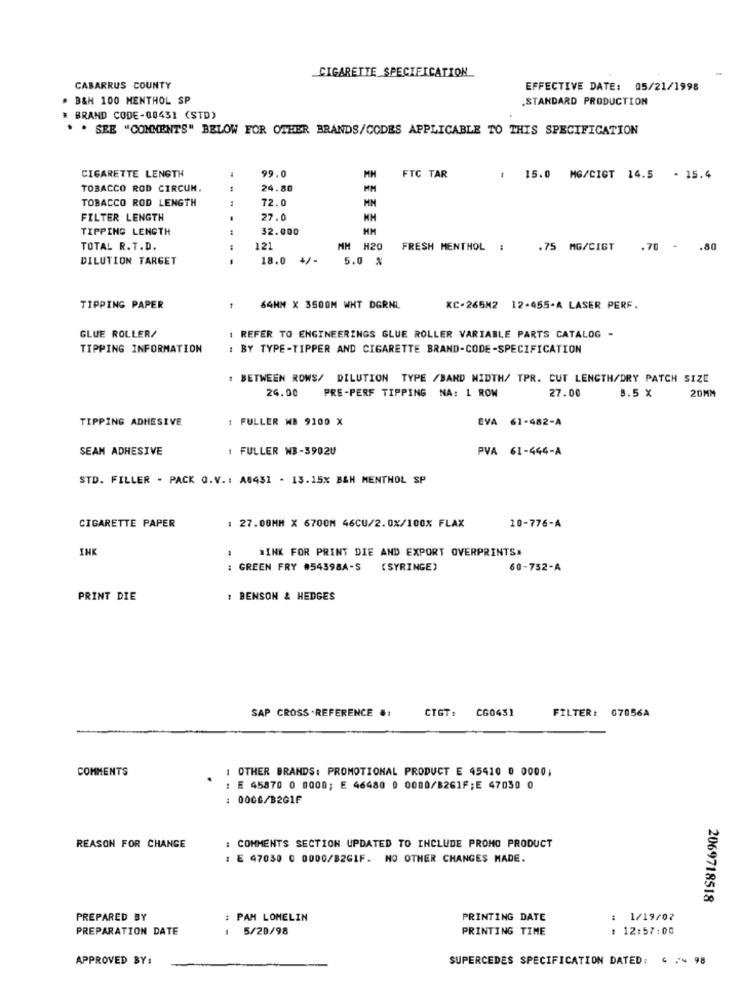
CIGARETTE SPECIFICATION
CABARRUS COUNTY
EFFECTIVE DATE: 05/21/1998
. B&H 100 MENTHOL SP
.STANDARD PRODUCTION
* BRAND CODE-00431 (STD)
* * SEE "COMMENTS" BELOW FOR OTHER BRANDS/CODES APPLICABLE TO THIS SPECIFICATION
99.0
CIGARETTE LENGTH
MH
FTC TAR
: 15.0 MG/CIGT 14.5 - 15.4
TOBACCO ROD CIRCUM.
24.80
MM
TOBACCO ROD LENGTH
72.0
HM
FILTER LENGTH
27.0
HH
TIPPING LENGTH
32.000
HM
TOTAL R.T.D.
121
MH H20
FRESH MENTHOL
.75 MG/CIGT
.70 - . 80
DILUTION TARGET
-- -
18.0 +/-
5.0 %
TIPPING PAPER
64HM X 3500M WHT DGRNL
KC-265M2 12-455-A LASER PERF.
GLUE ROLLER/
1 REFER TO ENGINEERINGS GLUE ROLLER VARIABLE PARTS CATALOG -
TIPPING INFORMATION
BY TYPE-TIPPER AND CIGARETTE BRAND-CODE-SPECIFICATION
: BETWEEN ROWS/ DILUTION TYPE /BAND WIDTH/ TPR. CUT LENGTH/DRY PATCH SIZE
8.5 X
20MM
24.00
PRE-PERF TIPPING NA: 1 ROW
27.00
TIPPING ADHESIVE
FULLER WB 9100 X
EVA 61-482-A
SEAN ADHESIVE
1 FULLER WB-5902U
PVA 61-444-A
STD. FILLER - PACK O.V .: A0431 - 13.15x B&H MENTHOL SP
CIGARETTE PAPER
: 27.00MM X 6700M 46CU/2.0%/100% FLAX
10-776-A
INK
MINK FOR PRINT DIE AND EXPORT OVERPRINTS#
GREEN FRY #54398A-S
(SYRINGE)
60-752-A
PRINT DIE
: BENSON & HEDGES
SAP CROSS .REFERENCE .:
CIGT:
CG0431
FILTER: 07056A
COMMENTS
: OTHER BRANDS: PROMOTIONAL PRODUCT E 45410 0 0000;
: E 45870 0 0000; E 46480 0 0000/B26IF;E 47030 0
: 0006/B2G1F
REASON FOR CHANGE
: COMMENTS SECTION UPDATED TO INCLUDE PROMO PRODUCT
: E 47030 0 0000/B2GIF. NO OTHER CHANGES MADE.
2069718518
PREPARED BY
: PAM LOMELIN
PRINTING DATE
: 1/19/02
PREPARATION DATE
1 5/20/98
PRINTING TIME
: 12:57:00
APPROVED BY:
SUPERCEDES SPECIFICATION DATED: 4 2. 98